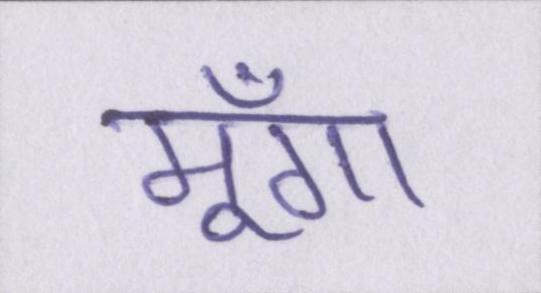
मूँगा